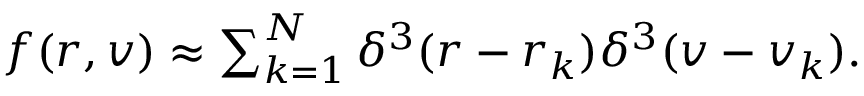
\begin{array} { r } { f ( \boldsymbol { r } , \boldsymbol { v } ) \approx \sum _ { k = 1 } ^ { N } \delta ^ { 3 } ( \boldsymbol { r } - \boldsymbol { r } _ { k } ) \delta ^ { 3 } ( \boldsymbol { v } - \boldsymbol { v } _ { k } ) . } \end{array}